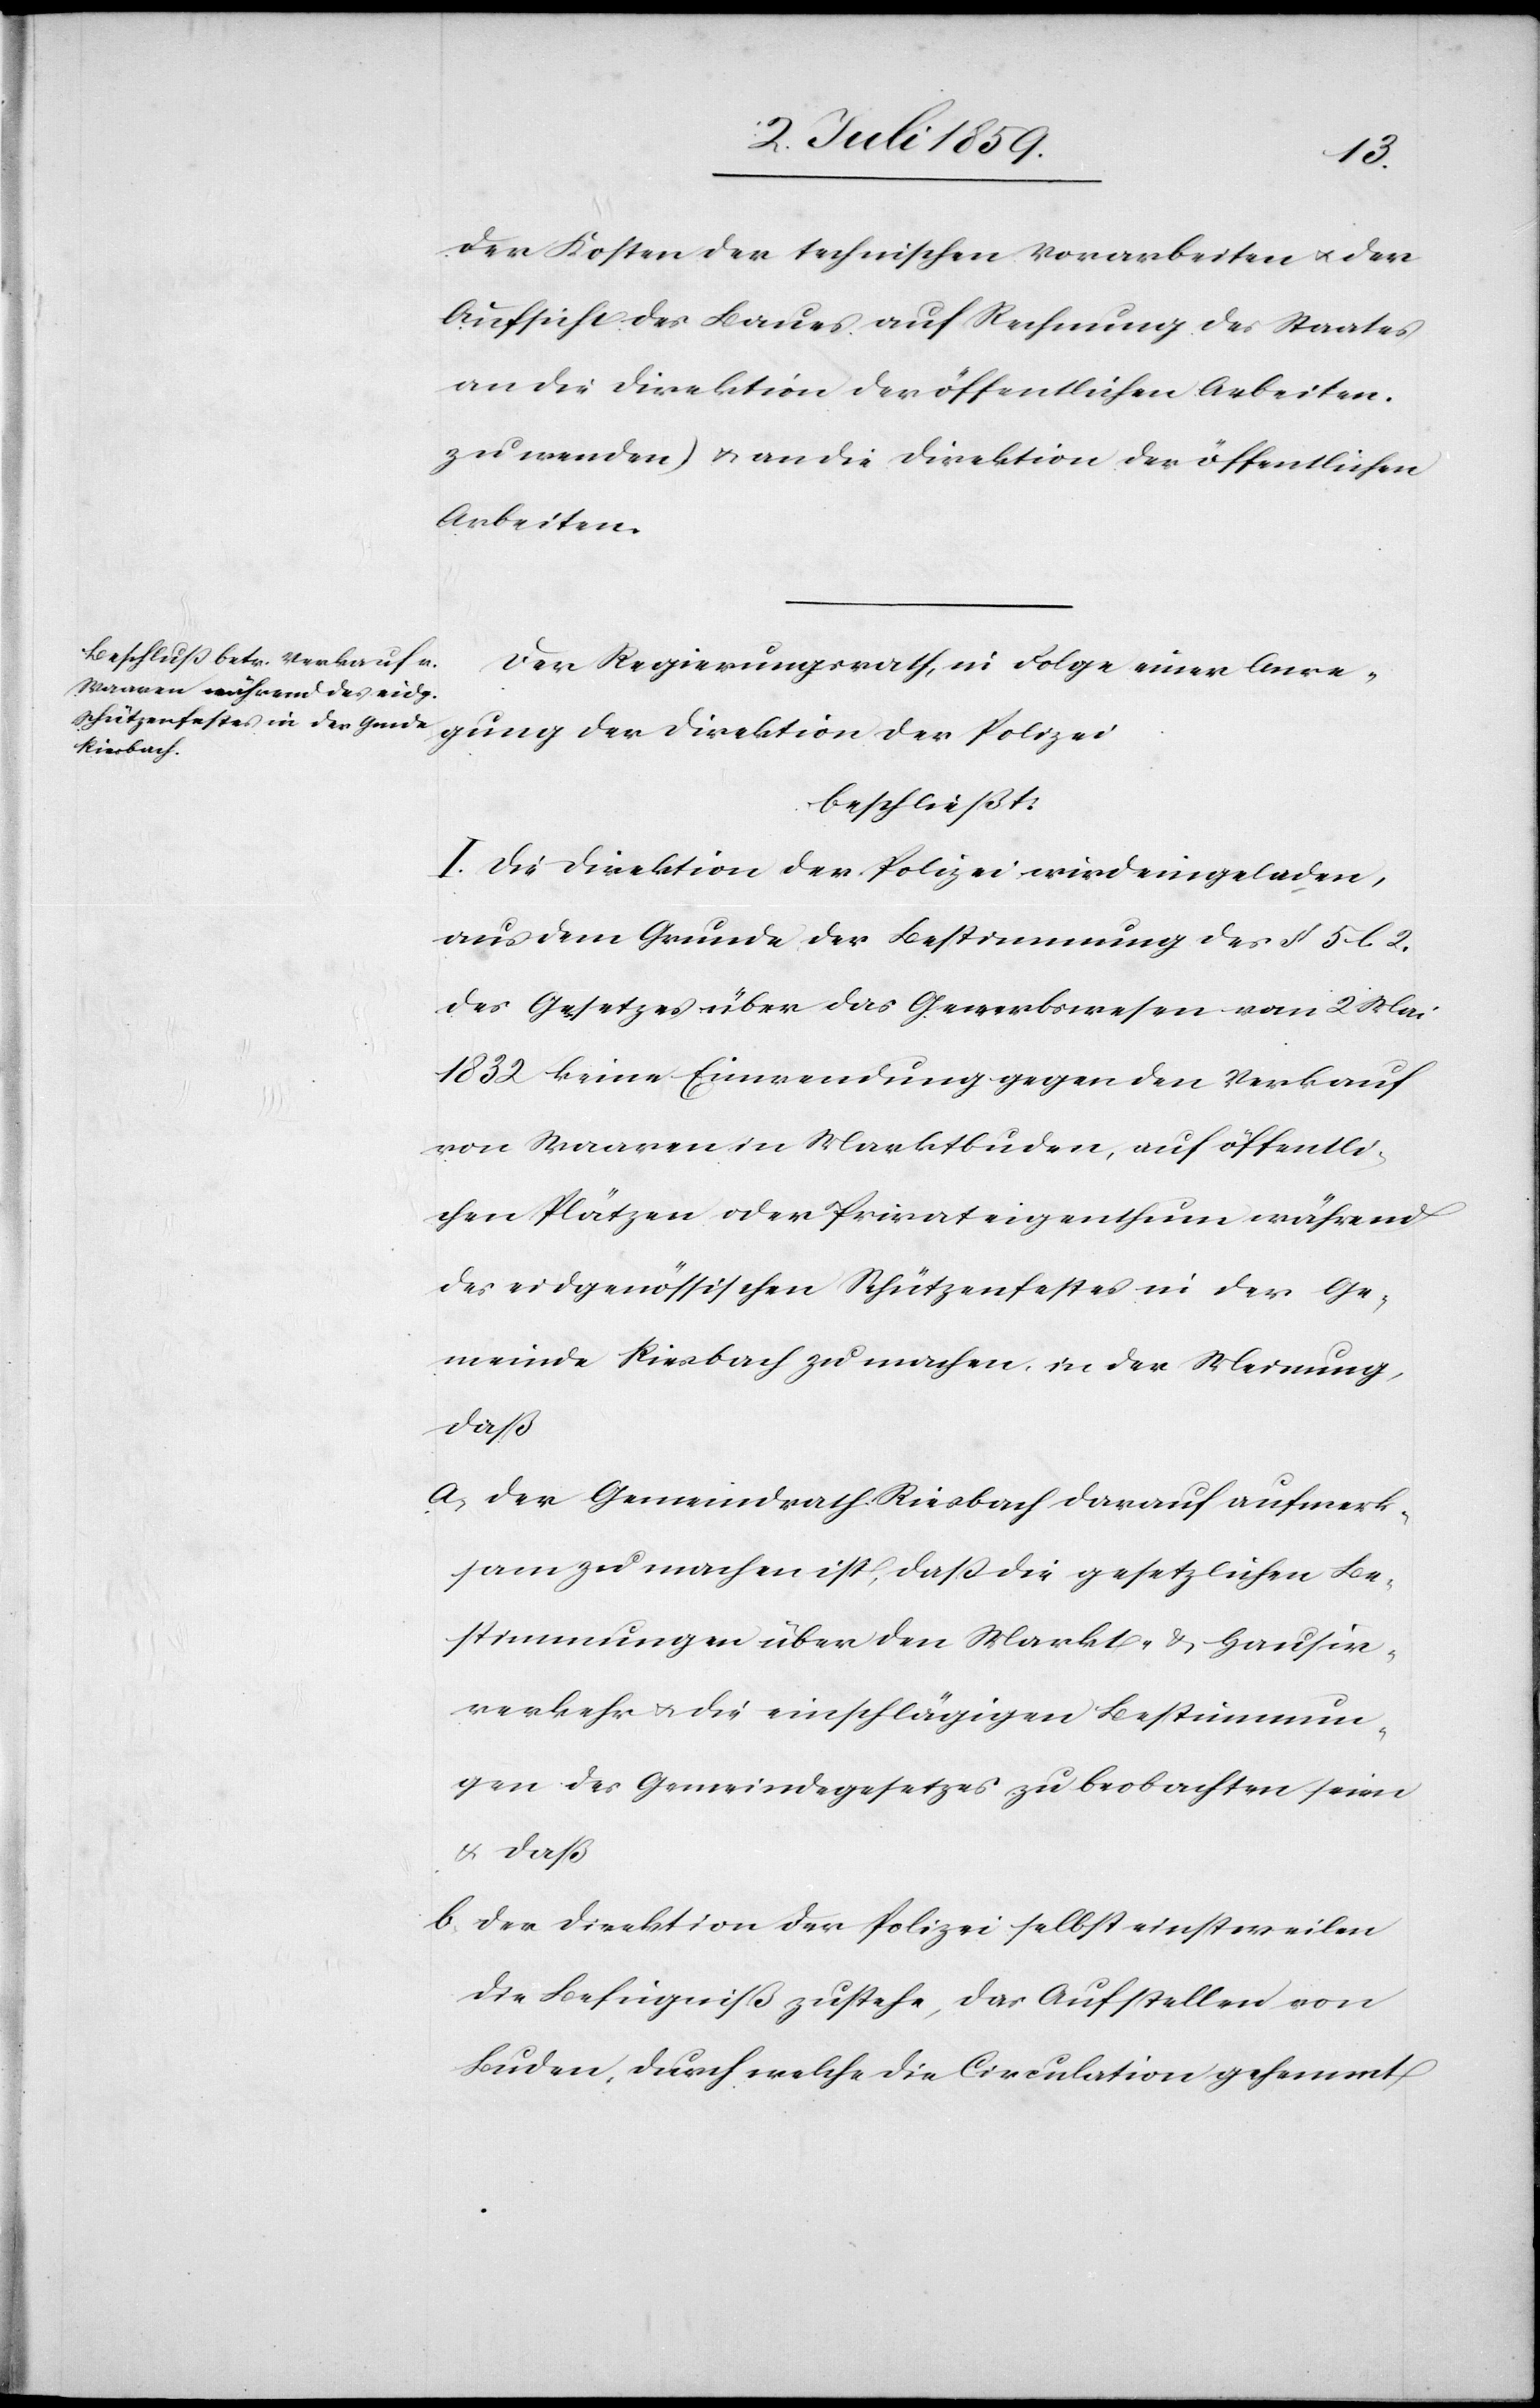
der Kosten der technischen Vorarbeiten u. der
Aufsicht des Baues auf Rechnung des Staates
an die Direktion der öffentlichen Arbeiten
zu wenden) u. an die Direktion der öffentlichen
Arbeiten.
Der Regierungsrath, in Folge einer Anre¬
gung der Direktion der Polizei,
beschließt:
I. Die Direktion der Polizei wird eingeladen,
aus dem Grunde der Bestimmung des § 5 l. 2.
des Gesetzes über das Gewerbswesen vom 2 Mai
1832 keine Einwendung gegen den Verkauf
von Waaren in Marktbuden, auf öffentli¬
chen Plätzen oder Privateigenthum während
des eidgenössischen Schützenfestes in der Ge¬
meinde Riesbach zu machen, in der Meinung,
daß
A. der Gemeindrath Riesbach darauf aufmerk¬
sam zu machen ist, daß die gesetzlichen Be¬
stimmungen über den Markt- u. Hausier¬
verkehr u. die einschlägigen Bestimmun¬
gen des Gemeindegesetzes zu beobachten seien
u. daß
B. der Direktion der Polizei selbst einstweilen
die Befugniß zustehe, das Aufstellen von
Buden durch welche die Circulation gehemmt